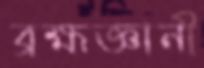
ব্রহ্মজ্ঞানী